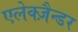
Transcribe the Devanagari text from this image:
एलेक्ज़ैन्डर